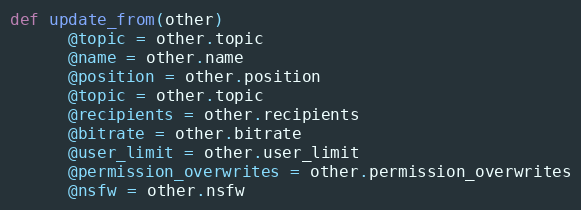
Language: Ruby
def update_from(other)
      @topic = other.topic
      @name = other.name
      @position = other.position
      @topic = other.topic
      @recipients = other.recipients
      @bitrate = other.bitrate
      @user_limit = other.user_limit
      @permission_overwrites = other.permission_overwrites
      @nsfw = other.nsfw